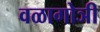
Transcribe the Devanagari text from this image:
वळागोञी